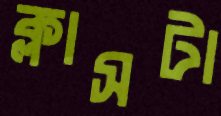
ক্লাসটা